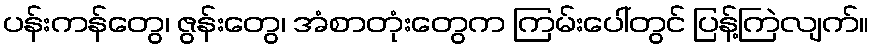
ပန်းကန်တွေ၊ ဇွန်းတွေ၊ အံစာတုံးတွေက ကြမ်းပေါ်တွင် ပြန့်ကြဲလျက်။